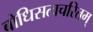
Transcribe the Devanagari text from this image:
बोधिसत्वचरितम्